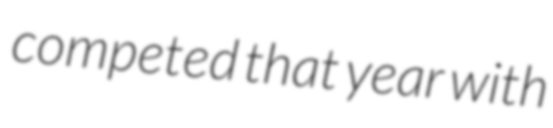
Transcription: competed that year with